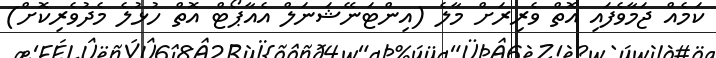
ކަމެއް ޖަމާވެފައި އޮތް ވެރިރަށް މާލެ (އިންޓަނޭޝަނަލް އެއާޕޯޓް އޮތް ހުޅުލެ މެދުވެރިކޮށް)